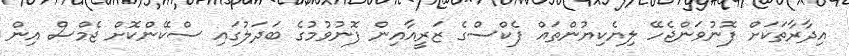
އިދާރާތަކަށް ފޮނުވަންޖެހޭ ލިޔެކިޔުންތައް ފެކްސްގެ ޒަރީއާއިން ފޮނުވުމުގެ ބަދަލުގައި ސްކޭންކޮށް ޖެމްސް އިން